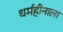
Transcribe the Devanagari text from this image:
धर्महीनाला